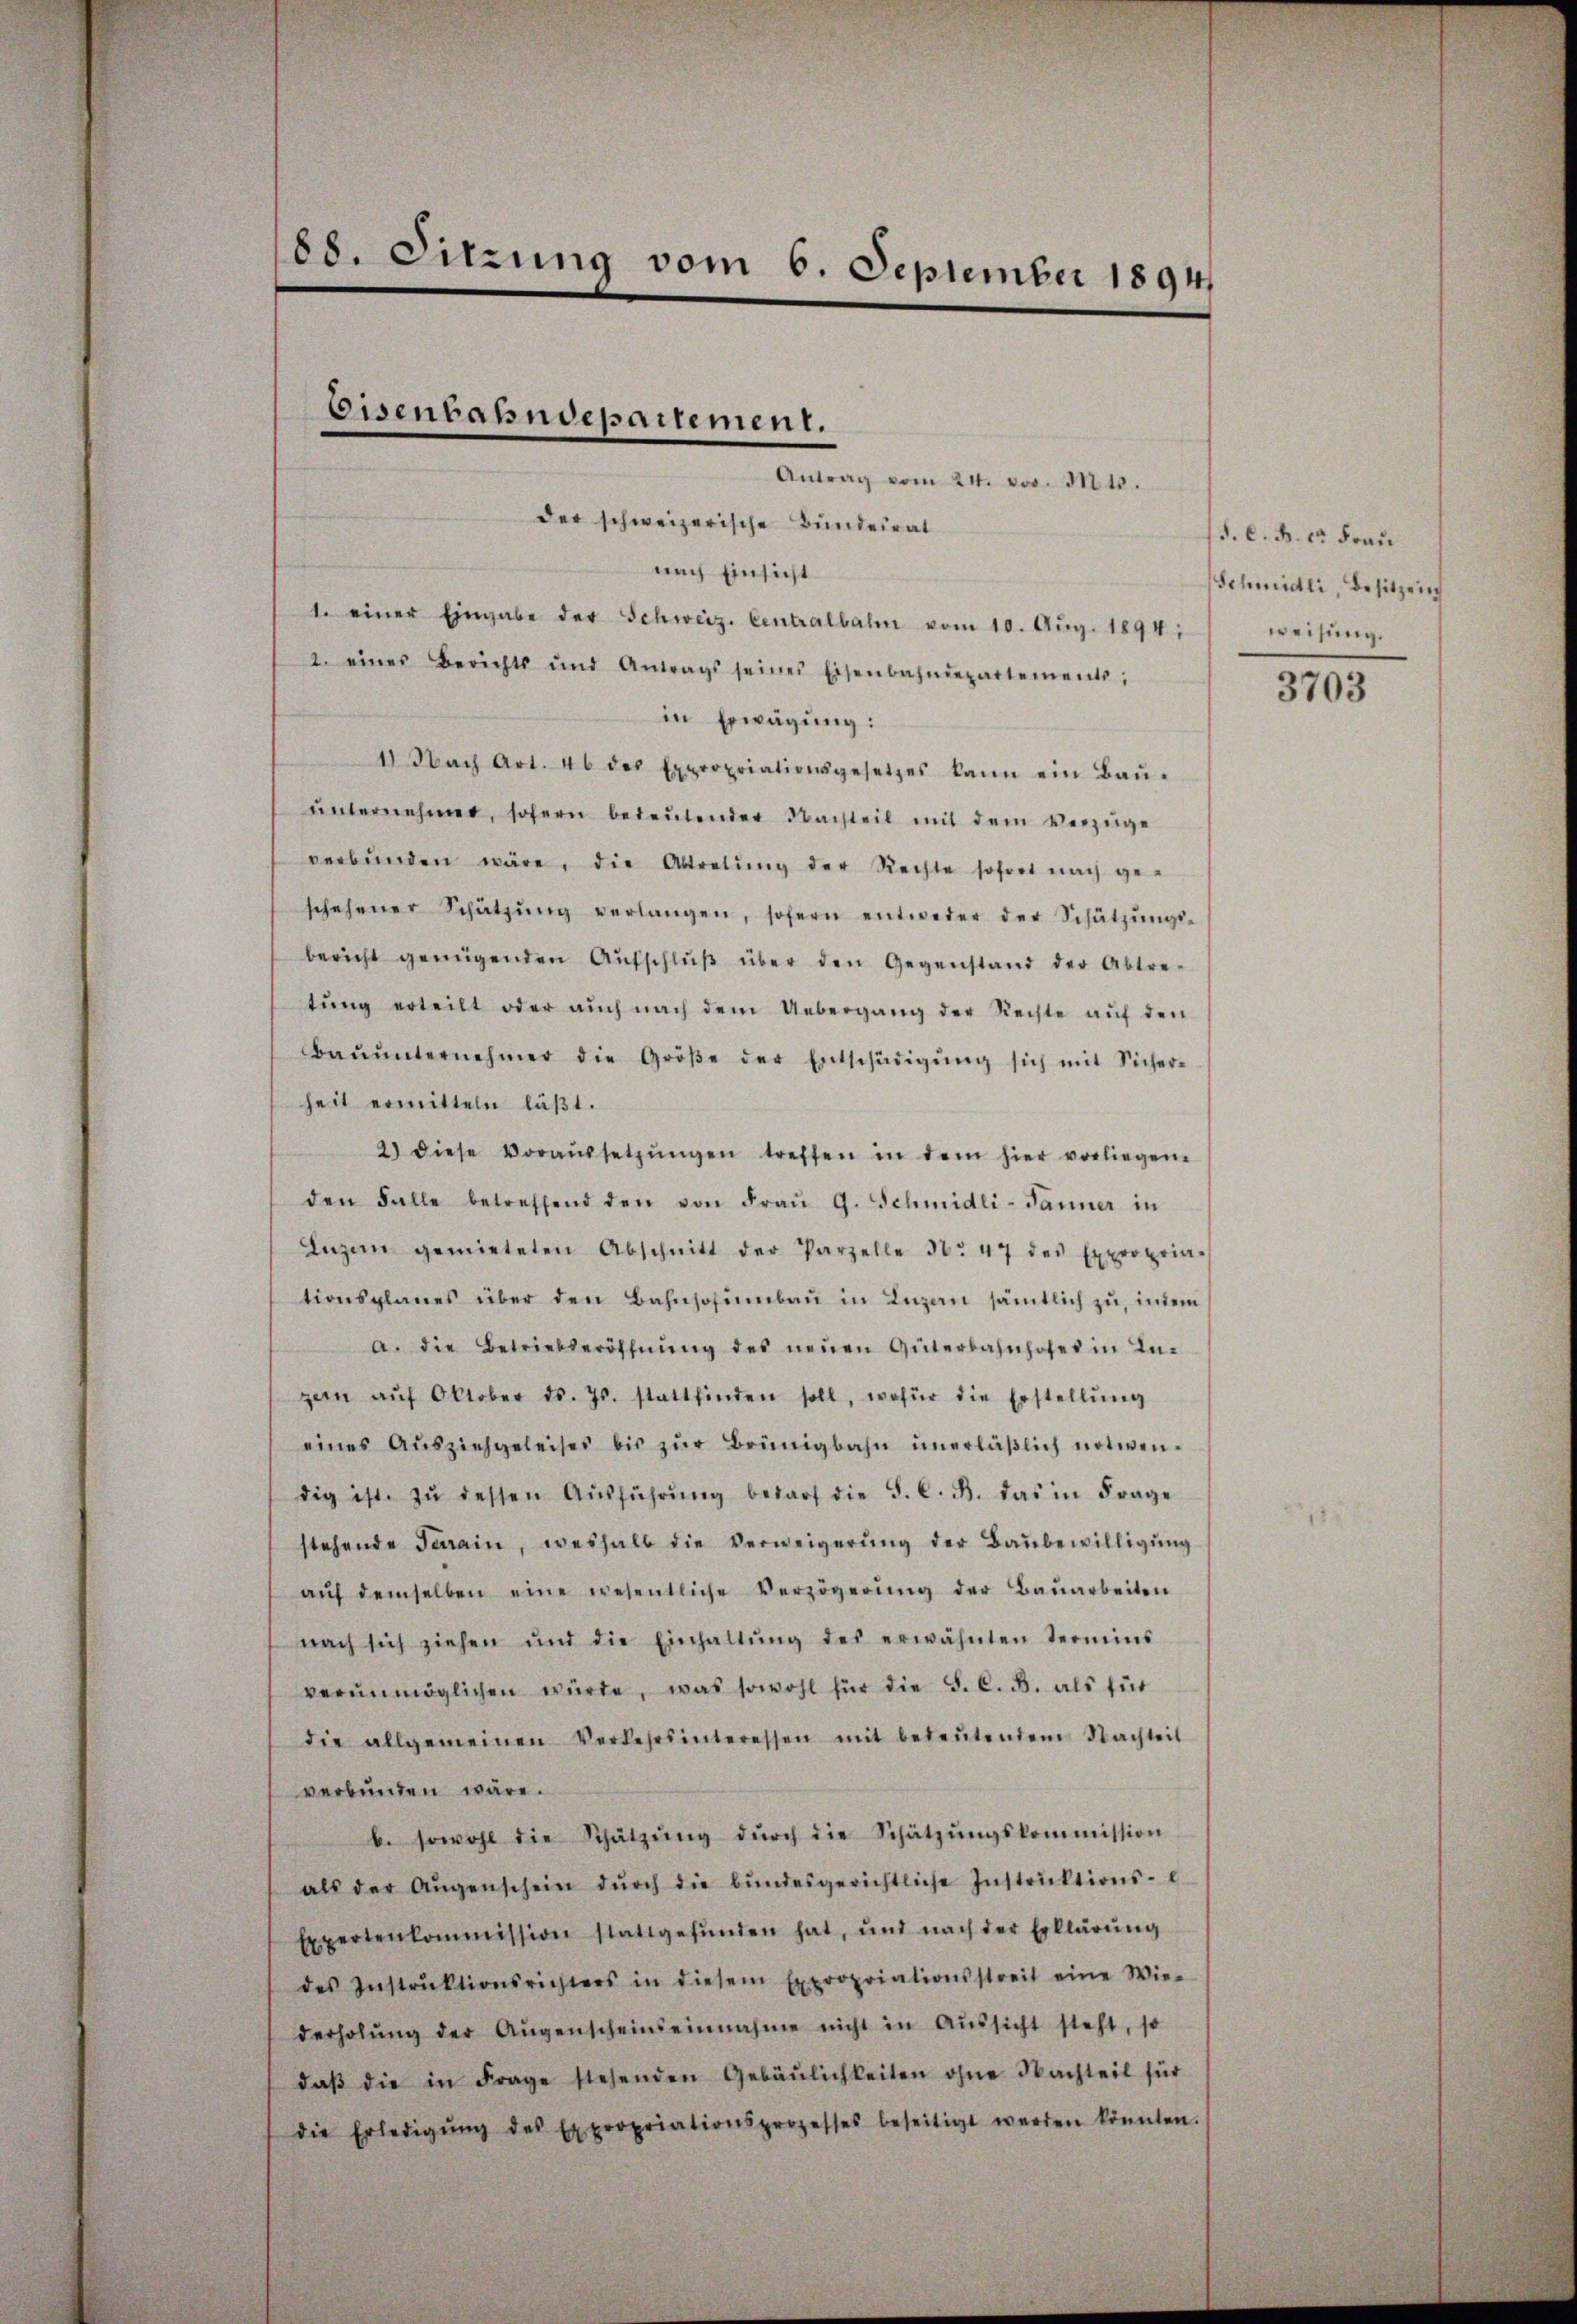
88. Sitzung vom 6. September 1894

Eisenbahndepartement.

t. einer Eingabe der Schweiz. Centralbahn vom 10. Aŭg. 1894;
2. eines Berichts und Antrags seines Eisenbahndepartements:
in Erwägung:
41 Nach Art. 46 des Expropriationsgesetzes kann ein Baŭ-
ŭnternehmen, sofern bedeŭtender Nachteil mit dem Verzüge
verbŭnden wäre, die Abtretŭng der Rechte sofort nach ge-
schehener Schätzŭng verlangen, sofern entweder der Schützŭngs-
bericht genügenden Aŭfschlŭβ über den Gegenstand der Abtre-
tŭng erteilt oder auch nach dem Uebergang der Rechte aŭf den
Baŭŭnternehmer die Größe der Entschädigŭng sich mit Sicher-
heit ermitteln läßt.
2) diese Voraŭssetzŭngen treffen in dem hier vorliegen.
den Falle betreffend den von Fraŭ G. Schmidli-Panner in
Inzern gemieteten Abschnitt der Parzelle No 47 des Expropria-
tionsplanes über den Bahnsosimbaŭ in Luzan sämtlich zu, indem
a. die Betriebseröffnŭng des neuen Güterbahnhofes in Ingern aŭf Oktober ds. Js. stattfinden soll, wofür die Erstellŭng
eines Ausziehgeleises bis zŭr Brünigbahn unerläßlich notwendig ist. zŭ dessen Aŭsführŭng bedarf die S. C. B. das in Frage
stehende Ferrain, weshalb die Verweigerŭng der Baŭbewilligŭng
aŭf demselben eine wesentliche Verzögerŭng der Baŭarbeiten
nach sich ziehen und die Einhaltŭng des erwähnten Termins
verŭnmöglichen würte, was sowohl für die S. C. d. als für
die allgemeinen Verkehrsinteressen mit bedeŭtendem Nachteit
verbunden wäre.
b. sowohl die Schätzŭng dŭrch die Schätzŭngskommission
als der Aŭgenschein dŭrch die bŭndesgerichtliche Instruktions-
Expertenkommission stattgefŭnden hat, und nach der Erklärŭng
des Instrŭktionsrichters in diesem Expropriationsstreit eine Wie-
derholŭng der Aŭgenscheinseinnahme nicht in Aŭssicht steht, so
daβ die in Frage stehenden Gebäŭlichkeiten ohne Nachteil für
die Erledigŭng des Expropriationsprozesses beseitigt werden könnten.

Antrag vom 24. vor. Mts.
der schweizerische Bundesrat
nach Einsicht

S. C. B. 1. Frau
Schmidli, Besitzung
weisung.

3703